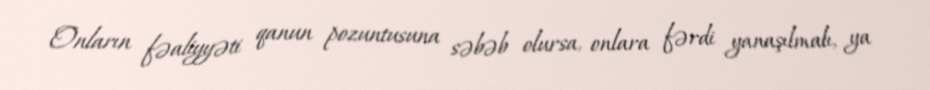
Onların fəaliyyəti qanun pozuntusuna səbəb olursa, onlara fərdi yanaşılmalı, ya